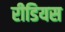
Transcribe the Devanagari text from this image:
रीडियस